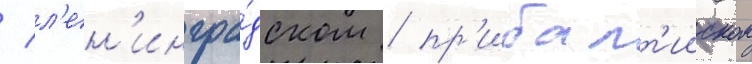
/ л'ен'ингра́дском / пр'ибалт'ииском